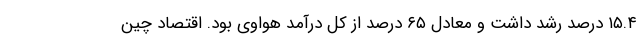
۱۵.۴ درصد رشد داشت و معادل ۶۵ درصد از کل درآمد هواوی بود. اقتصاد چین